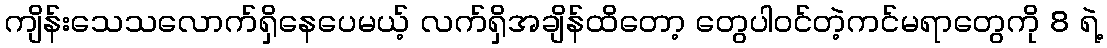
ကျိန်းသေသလောက်ရှိနေပေမယ့် လက်ရှိအချိန်ထိတော့ တွေပါဝင်တဲ့ကင်မရာတွေကို 8 ရဲ့